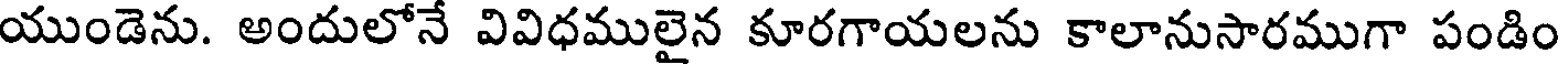
యుండెను. అందులోనే వివిధములైన కూరగాయలను కాలానుసారముగా పండిం